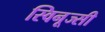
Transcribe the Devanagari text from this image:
स्विनूज्सी